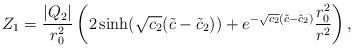
LaTeX: \begin{align*}Z_1 = \frac{ |Q_2|}{r_0^2} \left( 2 \sinh ( \sqrt{c_2} ( \tilde{c} - \tilde{c}_2 ) ) + e^{- \sqrt{c_2} ( \tilde{c} - \tilde{c}_2 )} \frac{r_0^2}{r^2} \right) , \end{align*}